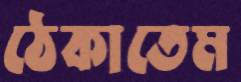
ঠেকাতেম